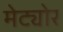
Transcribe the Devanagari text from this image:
मेट्योर